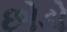
છોડો